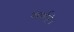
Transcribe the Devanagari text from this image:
दर्शाते।